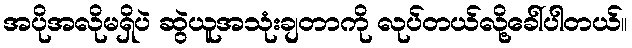
အပိုအလိုမရှိပဲ ဆွဲယူအသုံးချတာကို လုပ်တယ်လို့ခေါ်ပါတယ်။